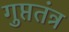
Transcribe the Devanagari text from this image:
गुप्ततंत्र